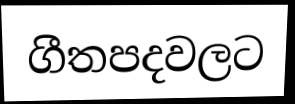
ගීතපදවලට